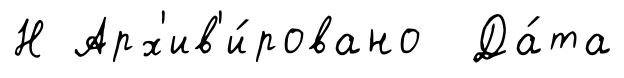
Н Арх'ив'и́ровано Да́та